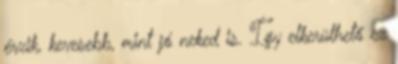
érzik, kevesebb, mint jó neked is. Így elkerülhető ez